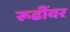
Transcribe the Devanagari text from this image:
रूढींवर